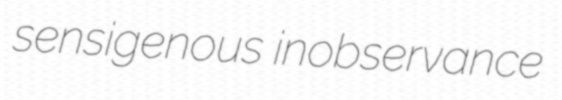
sensigenous inobservance